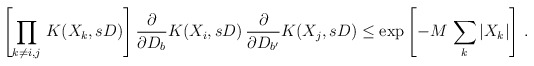
\begin{align*}\left. \left[ \prod_{k \neq i,j} \, K(X_{k},sD) \right] \frac{\partial}{\partial D_{b}} K(X_{i},sD) \, \frac{\partial}{\partial D_{b'}} K(X_{j},sD) \leq \exp{ \left[ - M \, \sum_{k} |X_{k}| \right] } \ . \right.\end{align*}